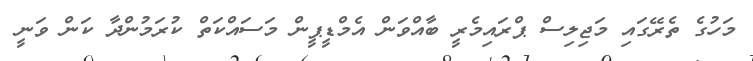
މަހުގެ ތެރޭގައި މަޖިލިސް ޕްރައިމެރީ ބާއްވަން އެމްޑީޕީން މަސައްކަތް ކުރަމުންދާ ކަން ވަނީ